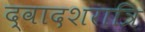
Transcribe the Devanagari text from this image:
द्वादशरात्रि